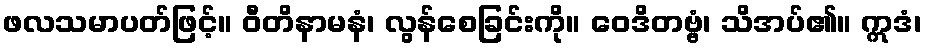
ဖလသမာပတ်ဖြင့်။ ဝီတိနာမနံ၊ လွန်စေခြင်းကို။ ဝေဒိတဗ္ဗံ၊ သိအပ်၏။ ဣဒံ၊